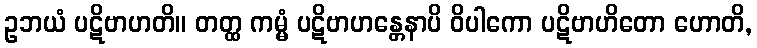
ဥဘယံ ပဋိဗာဟတိ။ တတ္ထ ကမ္မံ ပဋိဗာဟန္တေနာပိ ဝိပါကော ပဋိဗာဟိတော ဟောတိ,